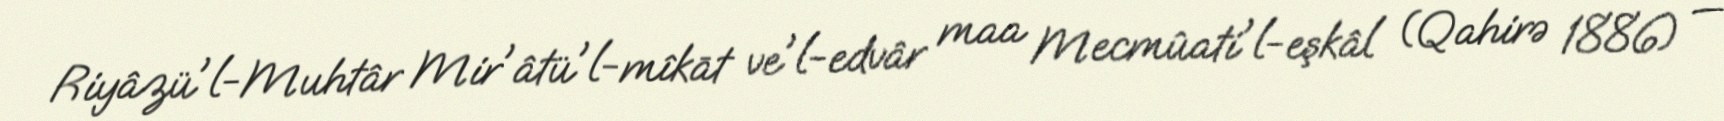
Riyâzü'l-Muhtâr Mir'âtü'l-mîkāt ve'l-edvâr maa Mecmûati'l-eşkâl (Qahirə 1886) —